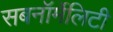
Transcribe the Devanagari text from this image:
सबनॉर्मेलिटी